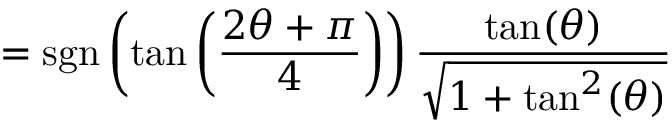
= \operatorname { s g n } \left( \tan \left( { \frac { 2 \theta + \pi } { 4 } } \right) \right) { \frac { \tan ( \theta ) } { \sqrt { 1 + \tan ^ { 2 } ( \theta ) } } }